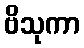
ဗိသုကာ